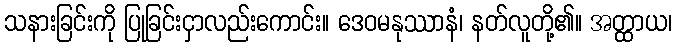
သနားခြင်းကို ပြုခြင်းငှာလည်းကောင်း။ ဒေဝမနုဿာနံ၊ နတ်လူတို့၏။ အတ္ထာယ၊